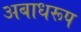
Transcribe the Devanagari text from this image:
अबाधरूप